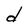
Character: d